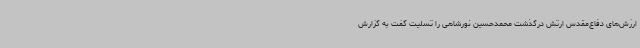
ارزش‌های دفاع‌مقدس ارتش درگذشت محمدحسین نورشاهی را تسلیت گفت به گزارش